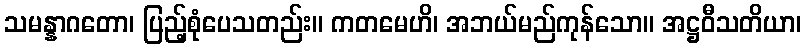
သမန္နာဂတော၊ ပြည့်စုံပေသတည်း။ ကတမေဟိ၊ အဘယ်မည်ကုန်သော။ အဋ္ဌဝီသတိယာ၊